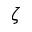
\zeta